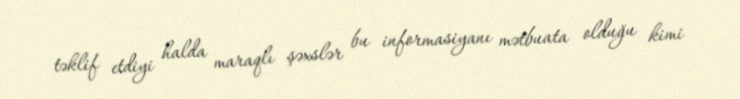
təklif etdiyi halda maraqlı şəxslər bu informasiyanı mətbuata olduğu kimi